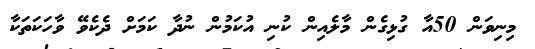
މިނިވަން 50އާ ގުޅިގެން މާލެއިން ކުނި އުކަމުން ނުދާ ކަމަށް ދެކެވޭ ވާހަކަތަކާ